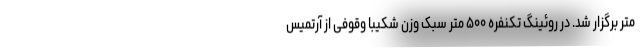
متر برگزار شد. در روئینگ تکنفره ۵۰۰ متر سبک وزن شکیبا وقوفی از آرتمیس